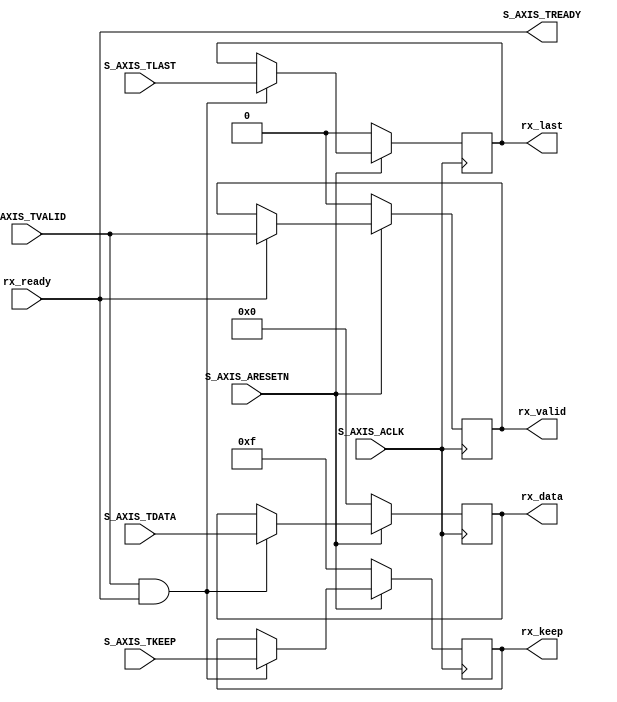

`timescale 1 ns / 1 ps

module myip_v1_0_S00_AXIS #
       (
           // Users to add parameters here

           // User parameters ends
           // Do not modify the parameters beyond this line

           // AXI4Stream sink: Data Width
           parameter integer C_S_AXIS_TDATA_WIDTH	= 32
       )
       (
           // Users to add ports here
           input rx_ready,
           output reg rx_valid,
           output reg rx_last,
           output reg [C_S_AXIS_TDATA_WIDTH-1 : 0] rx_data,
           output reg [(C_S_AXIS_TDATA_WIDTH/8)-1 : 0] rx_keep,
           // User ports ends
           // Do not modify the ports beyond this line

           // AXI4Stream sink: Clock
           input wire  S_AXIS_ACLK,
           // AXI4Stream sink: Reset
           input wire  S_AXIS_ARESETN,
           // Ready to accept data in
           output wire  S_AXIS_TREADY,
           // Data in
           input wire [C_S_AXIS_TDATA_WIDTH-1 : 0] S_AXIS_TDATA,
           // Keep
           input wire [(C_S_AXIS_TDATA_WIDTH/8)-1 : 0] S_AXIS_TKEEP,
           // Indicates boundary of last packet
           input wire  S_AXIS_TLAST,
           // Data is in valid
           input wire  S_AXIS_TVALID
       );

// input stream data S_AXIS_TDATA
wire  	axis_tready;
// I/O Connections assignments

assign S_AXIS_TREADY	= axis_tready;

// Add user logic here
assign axis_tready = rx_ready;

always @(posedge S_AXIS_ACLK) begin
    if(!S_AXIS_ARESETN) begin
        rx_valid <= 1'b0;
    end
    else if(axis_tready) begin
        rx_valid <= S_AXIS_TVALID;
    end
end

always @(posedge S_AXIS_ACLK) begin
    if(!S_AXIS_ARESETN) begin
        rx_last <= 1'b0;
    end
    else if (S_AXIS_TVALID && axis_tready) begin
        rx_last <= S_AXIS_TLAST;
    end
end

always @(posedge S_AXIS_ACLK) begin
    if(!S_AXIS_ARESETN) begin
        rx_data <= {C_S_AXIS_TDATA_WIDTH{1'b0}};
    end
    else if (S_AXIS_TVALID && axis_tready) begin
        rx_data <= S_AXIS_TDATA;
    end
end

always @(posedge S_AXIS_ACLK) begin
    if(!S_AXIS_ARESETN) begin
        rx_keep <= {C_S_AXIS_TDATA_WIDTH/8{1'b1}};
    end
    else if(S_AXIS_TVALID && axis_tready) begin
        rx_keep <= S_AXIS_TKEEP;
    end
end
// User logic ends

endmodule